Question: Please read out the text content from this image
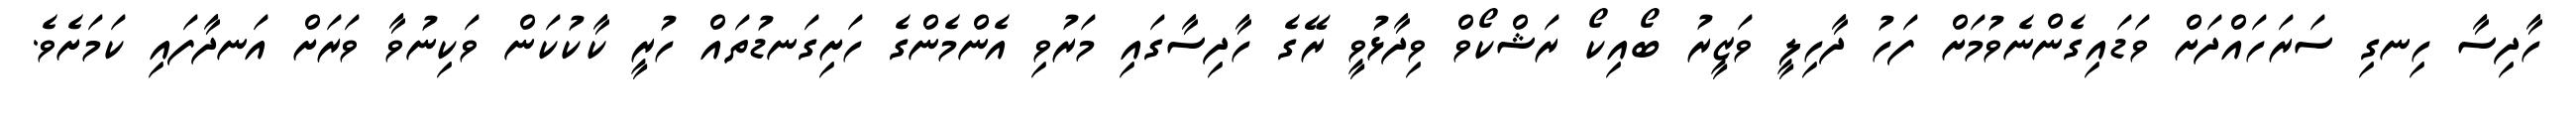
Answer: ހާދިސާ ހިނގި ސަރަހައްދަށް ވަޑައިގެންނެވުމަށް ފަހު ދާހިލީ ވަޒީރު ބޯއިކޯ ރަޝްކޯވް ވިދާޅުވީ ރޭގެ ހާދިސާގައި މަރުވި އެންމެންގެ ހަށިގަނޑުތައް ހުރީ ކާކުކަން ވަކިނުވާ ވަރަށް އަނދާފައި ކަމަށެވެ.